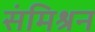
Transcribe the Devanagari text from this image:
संमिश्रन